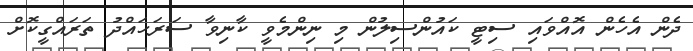
ދެން އެހެން އޮއްވައި ސިޓީ ކައުންސިލުން މި ނިންމެވީ ކާނިވާ ސަރަހައްދު ތަރައްގީކޮށް